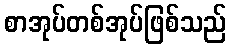
စာအုပ်တစ်အုပ်ဖြစ်သည်